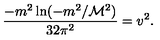
\frac { - m ^ { 2 } \ln ( - m ^ { 2 } / { \cal M } ^ { 2 } ) } { 3 2 \pi ^ { 2 } } = v ^ { 2 } .